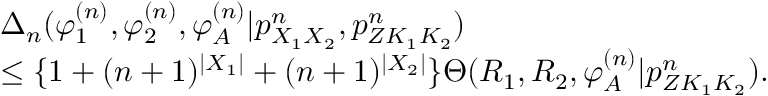
\begin{array} { r l } & { \Delta _ { n } ( \varphi _ { 1 } ^ { ( n ) } , \varphi _ { 2 } ^ { ( n ) } , \varphi _ { \cal A } ^ { ( n ) } | p _ { X _ { 1 } X _ { 2 } } ^ { n } , { p _ { Z K _ { 1 } K _ { 2 } } ^ { n } } ) } \\ & { \leq \{ 1 + ( n + 1 ) ^ { | { \cal X } _ { 1 } | } + ( n + 1 ) ^ { | { \cal X } _ { 2 } | } \} \Theta ( R _ { 1 } , R _ { 2 } , \varphi _ { \cal A } ^ { ( n ) } | { p _ { Z K _ { 1 } K _ { 2 } } ^ { n } } ) . } \end{array}